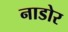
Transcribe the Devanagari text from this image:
नाडोर